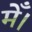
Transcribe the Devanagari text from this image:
मेँ।